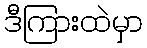
ဒီကြားထဲမှာ